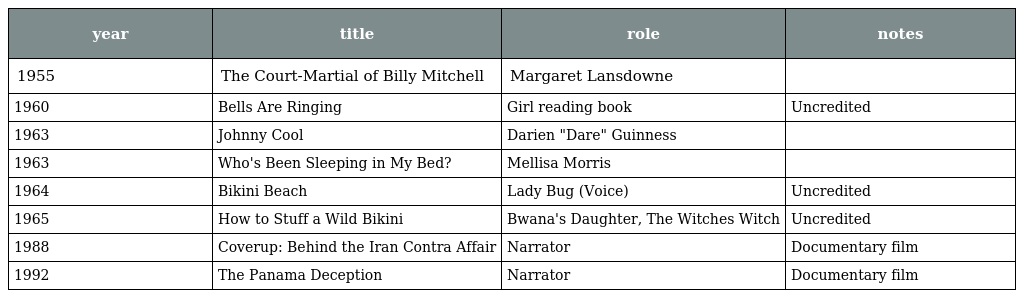
| year | title | role | notes |
 | --- | --- | --- | --- |
 | 1955 | The Court-Martial of Billy Mitchell | Margaret Lansdowne |  |
 | 1960 | Bells Are Ringing | Girl reading book | Uncredited |
 | 1963 | Johnny Cool | Darien "Dare" Guinness |  |
 | 1963 | Who's Been Sleeping in My Bed? | Mellisa Morris |  |
 | 1964 | Bikini Beach | Lady Bug (Voice) | Uncredited |
 | 1965 | How to Stuff a Wild Bikini | Bwana's Daughter, The Witches Witch | Uncredited |
 | 1988 | Coverup: Behind the Iran Contra Affair | Narrator | Documentary film |
 | 1992 | The Panama Deception | Narrator | Documentary film |